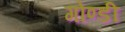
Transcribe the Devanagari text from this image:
गोण्डी